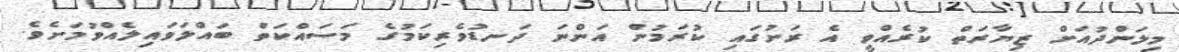
މިލަންދުއަށް ޒިޔާރަތް ކުރެއްވީ އެ ރަށުގައި ކުރަމުން އަންނަ ދަނޑުވެރިކަމުގެ މަސައްކަތް ބައްލަވައިލެއްވުމަށެވެ.